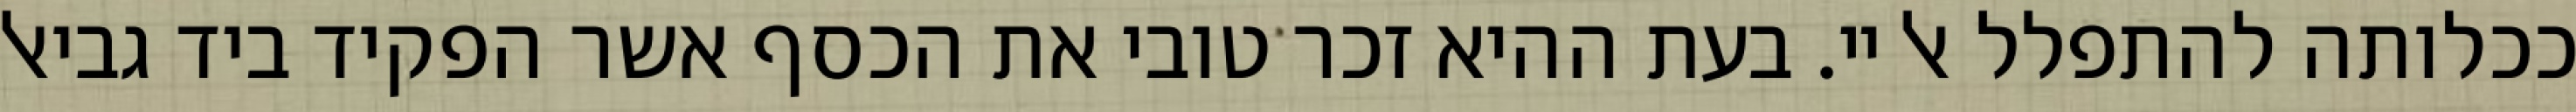
ככלותה להתפלל אל יי. בעת ההיא זכר טובי את הכסף אשר הפקיד ביד גביאל